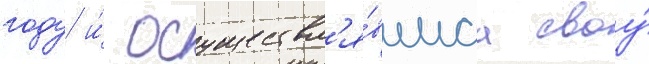
году и́ осуществл'я́вшаа своу́